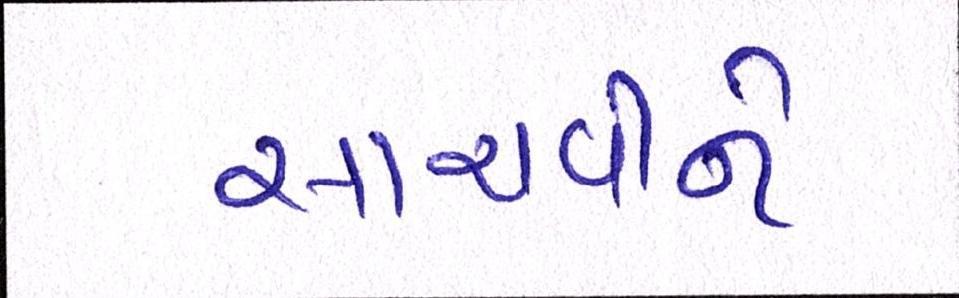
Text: સાચવીને